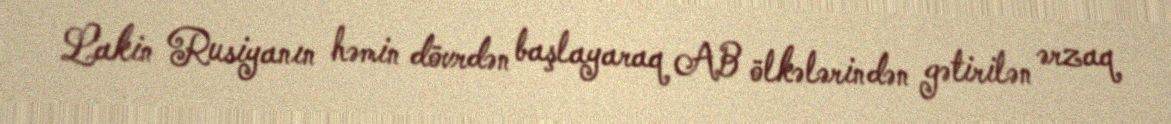
Lakin Rusiyanın həmin dövrdən başlayaraq AB ölkələrindən gətirilən ərzaq